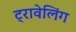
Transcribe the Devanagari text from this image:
ट्रावेलिंग